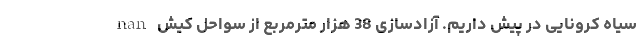
سیاه کرونایی در پیش داریم. آزادسازی 38 هزار مترمربع از سواحل کیش nan